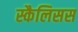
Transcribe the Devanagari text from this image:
स्कैलिसस